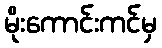
မိုးကောင်းကင်မှ